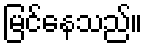
မြင်နေသည်။